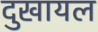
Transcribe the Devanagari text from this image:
दुखायल